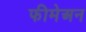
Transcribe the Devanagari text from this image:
फीमेअन